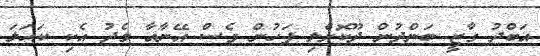
އަބްދު ގާޒީ ބަންދުން ދޫކޮށްލި ފަހުން ވެސް އޭނާއާ މެދު އެކި ކަހަލަ